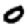
Digit: 0